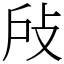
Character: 𢻻